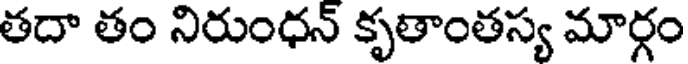
తదా తం నిరుంధన్ కృతాంతస్య మార్గం